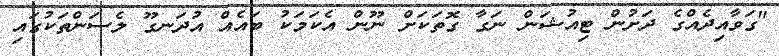
"ގަވާއިދެއްގެ ދަށުން ޓިއުޝަން ނަގާ ގޮތަކަށް ނޫން އެކަމަކު ބައެއް އުދަނގޫ ލެސަންތަކުގައި